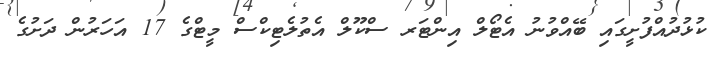
ކުޅުދުއްފުށީގައި ބޭއްވުނު އެޓޯލް އިންޓަރ ސްކޫލް އެތުލެޓިކްސް މީޓްގެ 17 އަހަރުން ދަށުގެ